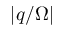
| q / \Omega |